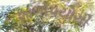
શાળોપયોગી